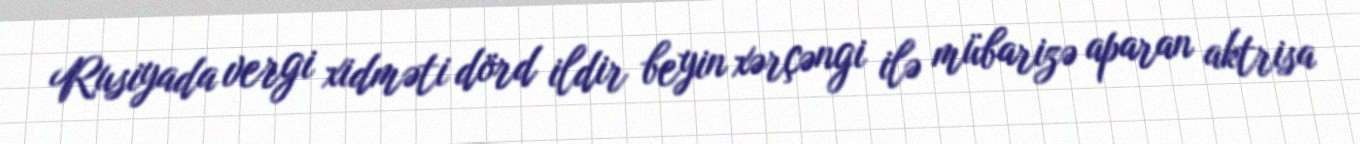
Rusiyada vergi xidməti dörd ildir beyin xərçəngi ilə mübarizə aparan aktrisa